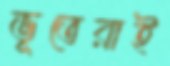
ভূতেরাই